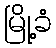
မြို့ခံ